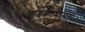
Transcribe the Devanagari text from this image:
बांधकामासह